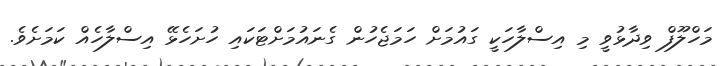
މަހްލޫފް ވިދާޅުވީ މި އިސްލާހަކީ ގައުމަށް ހަމަޖެހުން ގެނައުމަށްޓަކައި ހުށަހެޅޭ އިސްލާހެއް ކަމަށެވެ.